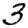
Digit: 3